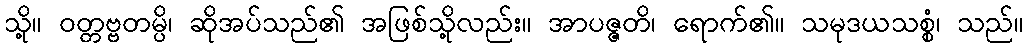
သို့။ ဝတ္တဗ္ဗတမ္ပိ၊ ဆိုအပ်သည်၏ အဖြစ်သို့လည်း။ အာပဇ္ဇတိ၊ ရောက်၏။ သမုဒယသစ္စံ၊ သည်။